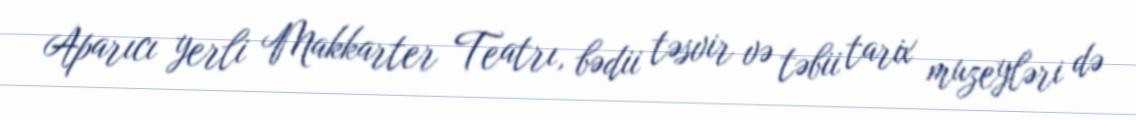
Aparıcı yerli Makkarter Teatrı, bədii təsvir və təbii tarix muzeyləri də